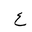
Letter: _ayn